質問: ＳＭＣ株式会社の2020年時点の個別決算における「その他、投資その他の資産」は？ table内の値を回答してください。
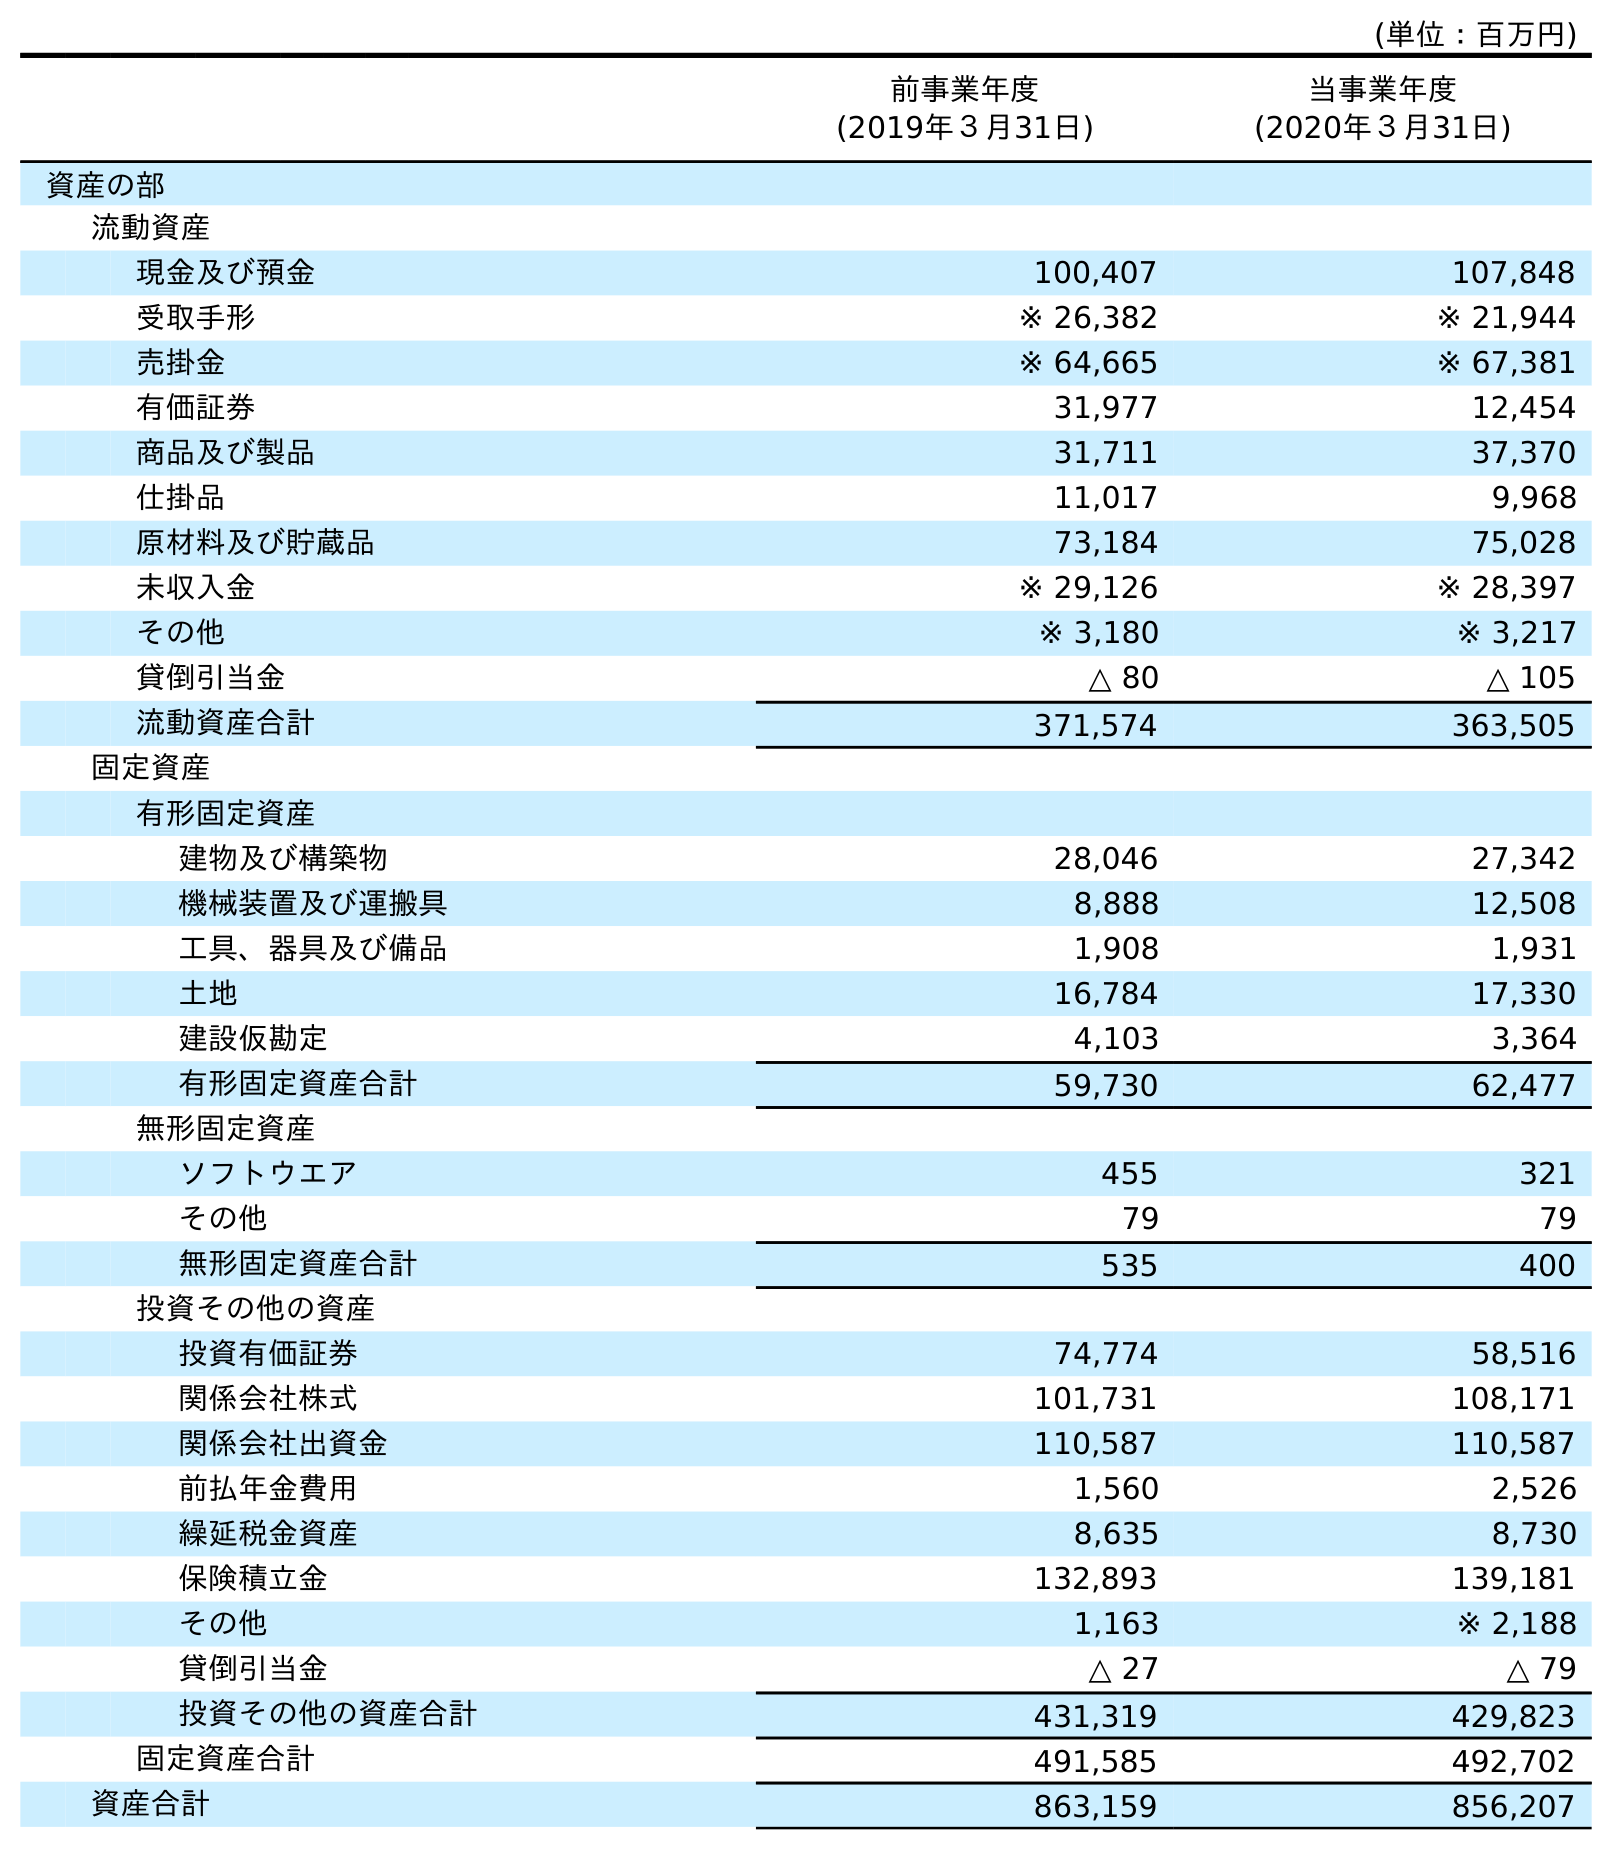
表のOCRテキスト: (単位：百万円) 前事業年度 (2019年３月31日) 当事業年度 (2020年３月31日) 資産の部 流動資産 現金及び預金 100,407 107,848 受取手形 ※ 26,382 ※ 21,944 売掛金 ※ 64,665 ※ 67,381 有価証券 31,977 12,454 商品及び製品 31,711 37,370 仕掛品 11,017 9,968 原材料及び貯蔵品 73,184 75,028 未収入金 ※ 29,126 ※ 28,397 その他 ※ 3,180 ※ 3,217 貸倒引当金 △ 80 △ 105 流動資産合計 371,574 363,505 固定資産 有形固定資産 建物及び構築物 28,046 27,342 機械装置及び運搬具 8,888 12,508 工具、器具及び備品 1,908 1,931 土地 16,784 17,330 建設仮勘定 4,103 3,364 有形固定資産合計 59,730 62,477 無形固定資産 ソフトウエア 455 321 その他 79 79 無形固定資産合計 535 400 投資その他の資産 投資有価証券 74,774 58,516 関係会社株式 101,731 108,171 関係会社出資金 110,587 110,587 前払年金費用 1,560 2,526 繰延税金資産 8,635 8,730 保険積立金 132,893 139,181 その他 1,163 ※ 2,188 貸倒引当金 △ 27 △ 79 投資その他の資産合計 431,319 429,823 固定資産合計 491,585 492,702 資産合計 863,159 856,207
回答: ※2,188